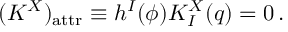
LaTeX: ( K ^ { X } ) _ { \mathrm { a t t r } } \equiv h ^ { I } ( \phi ) K _ { I } ^ { X } ( q ) = 0 \, .